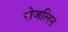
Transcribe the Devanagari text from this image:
रोजलिन